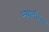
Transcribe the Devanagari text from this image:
भवानीच्या